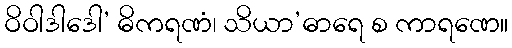
ဝိဝါဒါဒေါ’ ဓိကရဏံ၊ သိယာ’ဓာရေ စ ကာရဏေ။